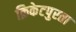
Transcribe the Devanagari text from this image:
क्रिकेटपुरता